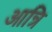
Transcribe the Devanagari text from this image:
आन्रि